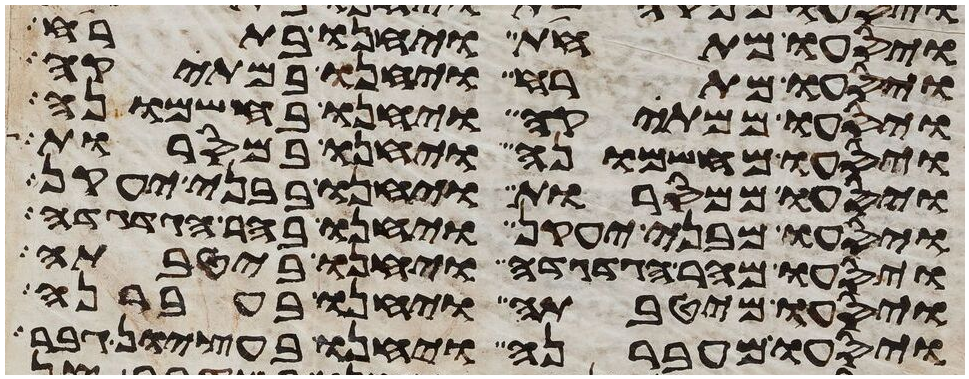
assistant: ויסעו מתחת ויחנו בתרח
ויסעו מתרח ויחנו במתקה
ויסעו ממתקה ויחנו בחשמונה
ויסעו מחשמונה ויחנו במסרות
ויסעו ממסרות ויחנו בבני יעקן
ויסעו מבני יעקן ויחנו בהר הגדגדה
ויסעו מהר הגדגדה ויחנו ביטבתה
ויסעו מיטבתה ויחנו בעברנה
ויסעו מעברנה ויחנו בעציון גבר